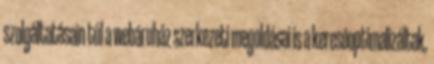
szolgáltatásain túl a webáruház szerkezeti megoldásai is a keresõoptimalizáltak,